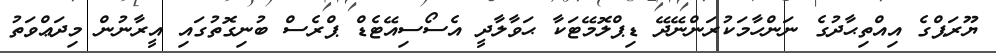
ޔޫރަޕްގެ އިއްތިޙާދުގެ ނަންހާމަކުރަންނޭދޭ ޑިޕްލޮމޭޓަކާ ޙަވާލާދީ އެސޯސިއޭޓެޑް ޕްރެސް ބުނިގޮތުގައި އީރާނުން މިދަޢްވަތު